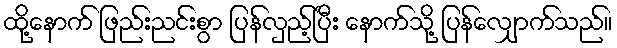
ထို့နောက် ဖြည်းညင်းစွာ ပြန်လှည့်ပြီး နောက်သို့ ပြန်လျှောက်သည်။